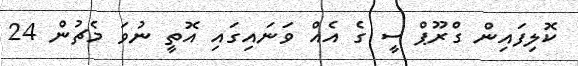
ކޮލިފައިން ގްރޫޕް ސީ ގެ އެއް ވަނައިގައި އޮތީ ނުވަ މެޗުން 24